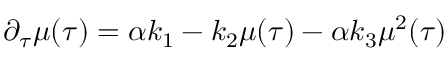
{ } \partial _ { \tau } \mu ( \tau ) = \alpha k _ { 1 } - k _ { 2 } \mu ( \tau ) - \alpha k _ { 3 } \mu ^ { 2 } ( \tau )